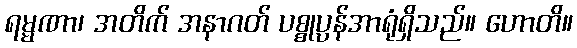
ရမ္မဏာ၊ အတိက် အနာဂတ် ပစ္စုပ္ပန်အာရုံရှိသည်။ ဟောတိ။